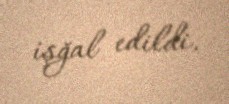
işğal edildi.